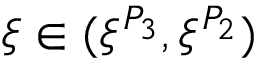
\xi \in ( \xi ^ { P _ { 3 } } , \xi ^ { P _ { 2 } } )